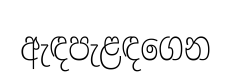
ඇඳපැළඳගෙන